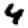
Digit: 4